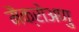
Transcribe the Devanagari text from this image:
मैक्रोअणु